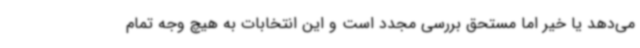
می‌دهد یا خیر اما مستحق بررسی مجدد است و این انتخابات به هیچ وجه تمام